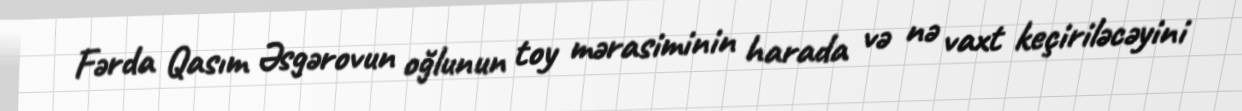
Fərda Qasım Əsgərovun oğlunun toy mərasiminin harada və nə vaxt keçiriləcəyini